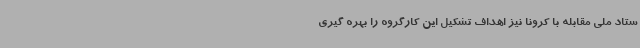
ستاد ملی مقابله با کرونا نیز اهداف تشکیل این کارگروه را بهره گیری